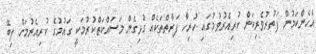
އެހެންކަމުން ފަތުރުވެރިކަން ކުރިއެރުވުމުގައި ހުރިހާ ފަރާތްތަކެއް ގުޅިގެން މަސައްކަތްކުރުމަކީ ގައުމުގެ ކުރިއެރުމަށް ލިބޭ